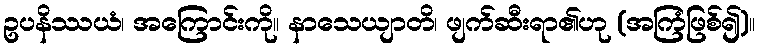
ဥပနိဿယံ၊ အကြောင်းကို။ နာသေယျာတိ၊ ဖျက်ဆီးရာ၏ဟု (အကြံဖြစ်၍)။